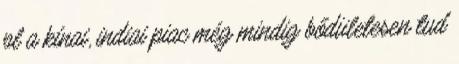
pl a kínai, indiai piac még mindig bődületesen tud